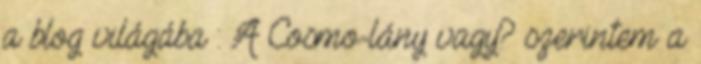
a blog világába : A Cosmo-lány vagy? szerintem a